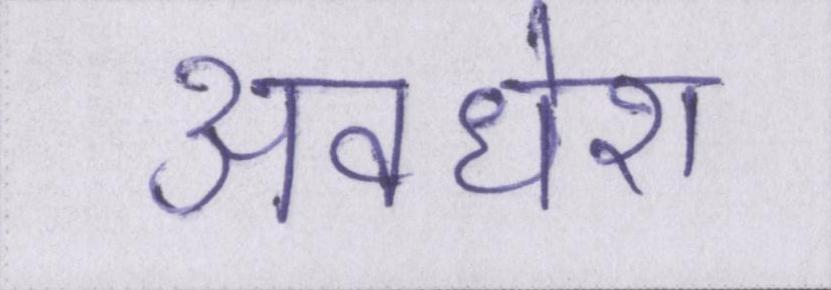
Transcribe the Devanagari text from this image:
अवधेश